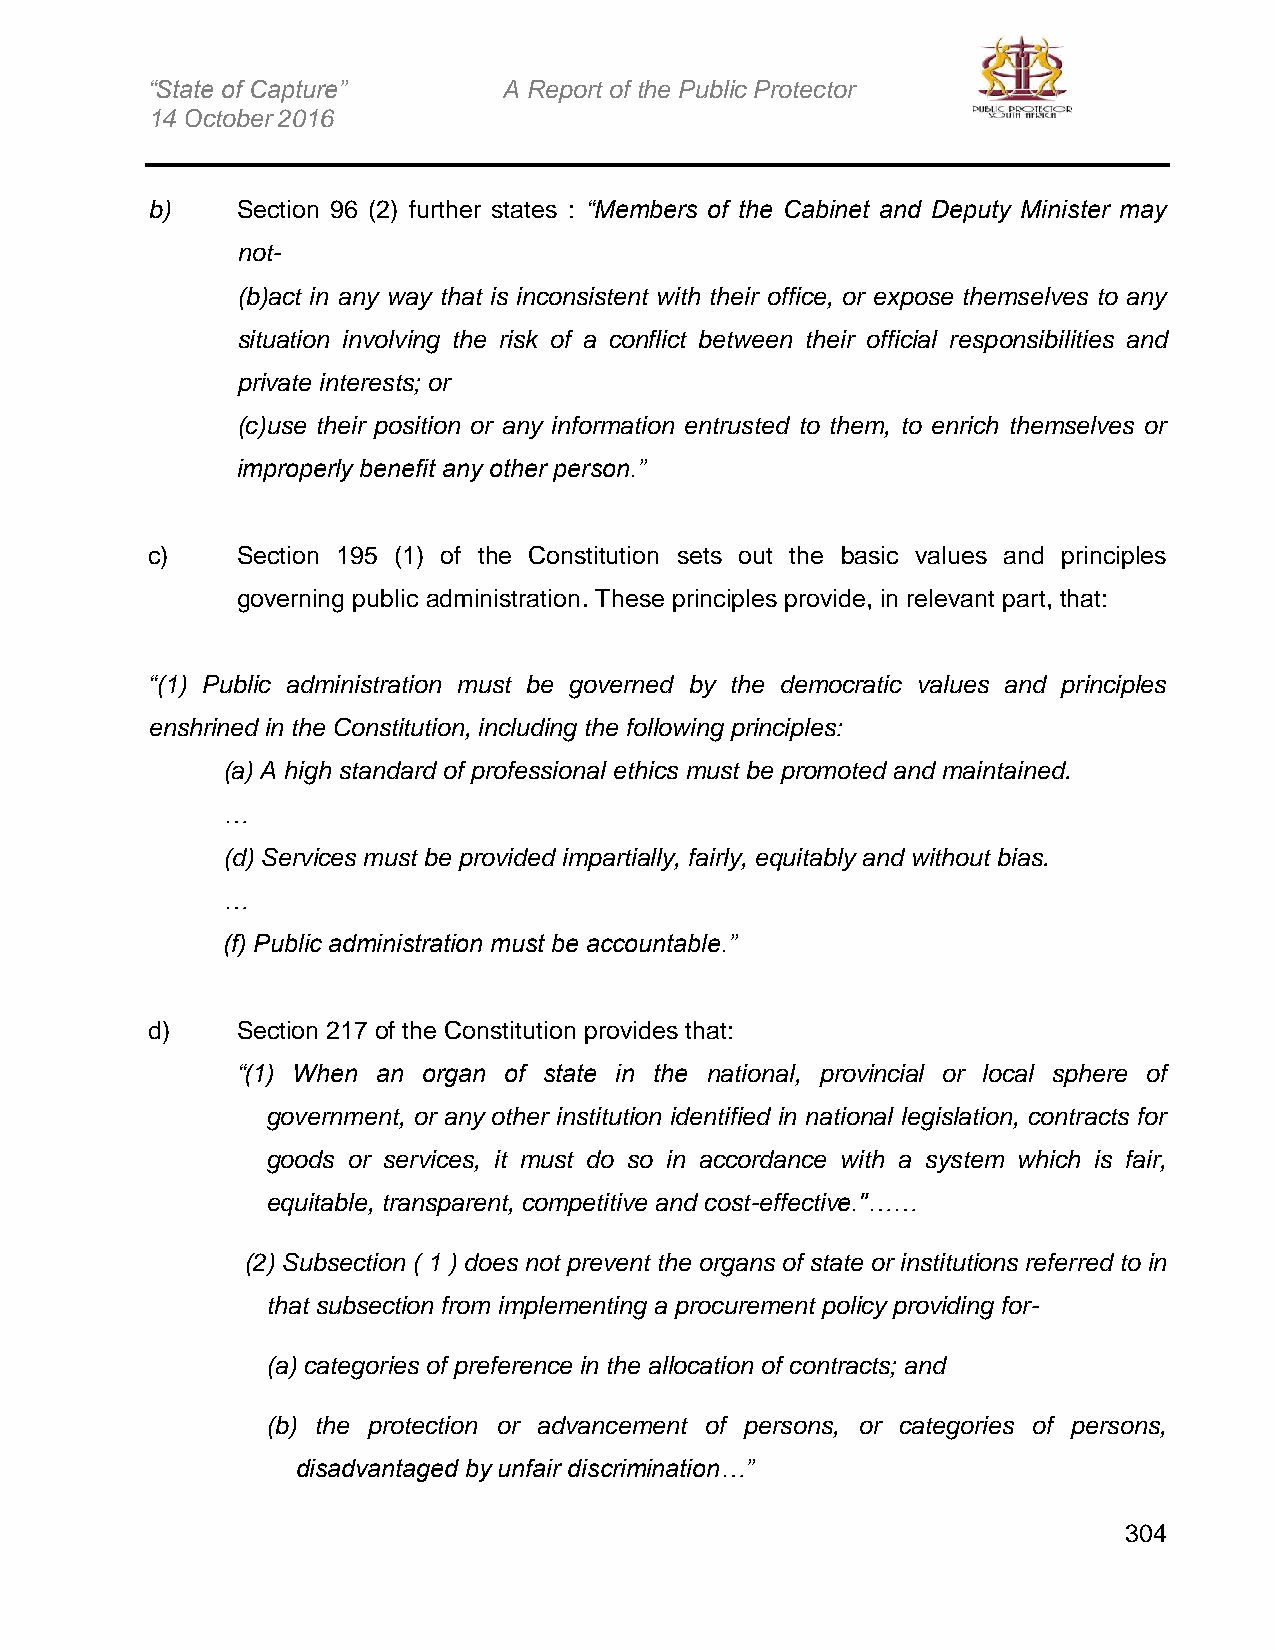
“State of Capture”     A Report of the Public Protector
 14 October 2016
 b)    Section 96 (2) further states : “Members of the Cabinet and Deputy Minister may
 not-
 (b)act in any way that is inconsistent with their office, or expose themselves to any
 situation involving the risk of a conflict between their official responsibilities and
 private interests; or
 (c)use their position or any information entrusted to them, to enrich themselves or
 improperly benefit any other person.”
 c)    Section 195 (1) of the Constitution sets out the basic values and principles
 governing public administration. These principles provide, in relevant part, that:
 “(1) Public administration must be governed by the democratic values and principles
 enshrined in the Constitution, including the following principles:
 (a) A high standard of professional ethics must be promoted and maintained.
 …
 (d) Services must be provided impartially, fairly, equitably and without bias.
 …
 (f) Public administration must be accountable.”
 d)    Section 217 of the Constitution provides that:
 “(1) When an organ of state in the national, provincial or local sphere of
 government, or any other institution identified in national legislation, contracts for
 goods or services, it must do so in accordance with a system which is fair,
 equitable, transparent, competitive and cost-effective."……
 (2) Subsection ( 1 ) does not prevent the organs of state or institutions referred to in
 that subsection from implementing a procurement policy providing for-
 (a) categories of preference in the allocation of contracts; and
 (b) the protection or advancement of persons, or categories of persons,
 disadvantaged by unfair discrimination…”
 304